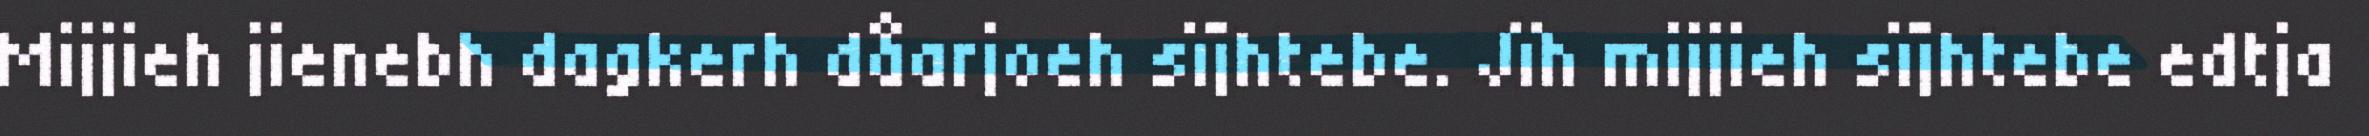
Mijjieh jienebh dagkerh dåarjoeh sïjhtebe. Jïh mijjieh sïjhtebe edtja